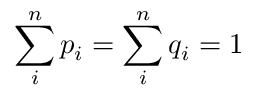
\sum _ { i } ^ { n } p _ { i } = \sum _ { i } ^ { n } q _ { i } = 1